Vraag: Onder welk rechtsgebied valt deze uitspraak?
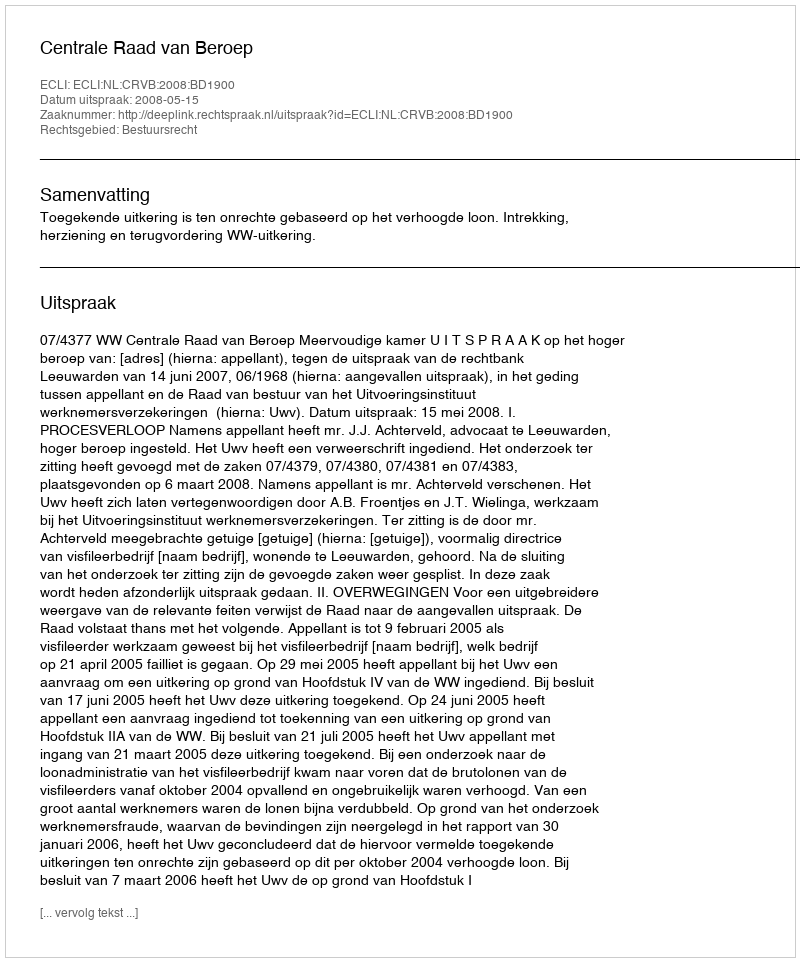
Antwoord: Bestuursrecht